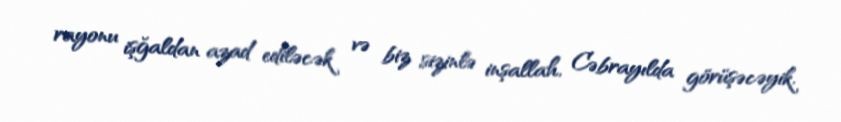
rayonu işğaldan azad ediləcək və biz sizinlə inşallah, Cəbrayılda görüşəcəyik.